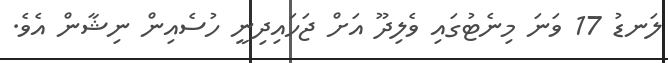
ލަނޑު 17 ވަނަ މިނެޓުގައި ވެލިދޫ އަށް ޖަހައިދިނީ ހުސެއިން ނިޝާން އެވެ.